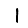
Digit: 1